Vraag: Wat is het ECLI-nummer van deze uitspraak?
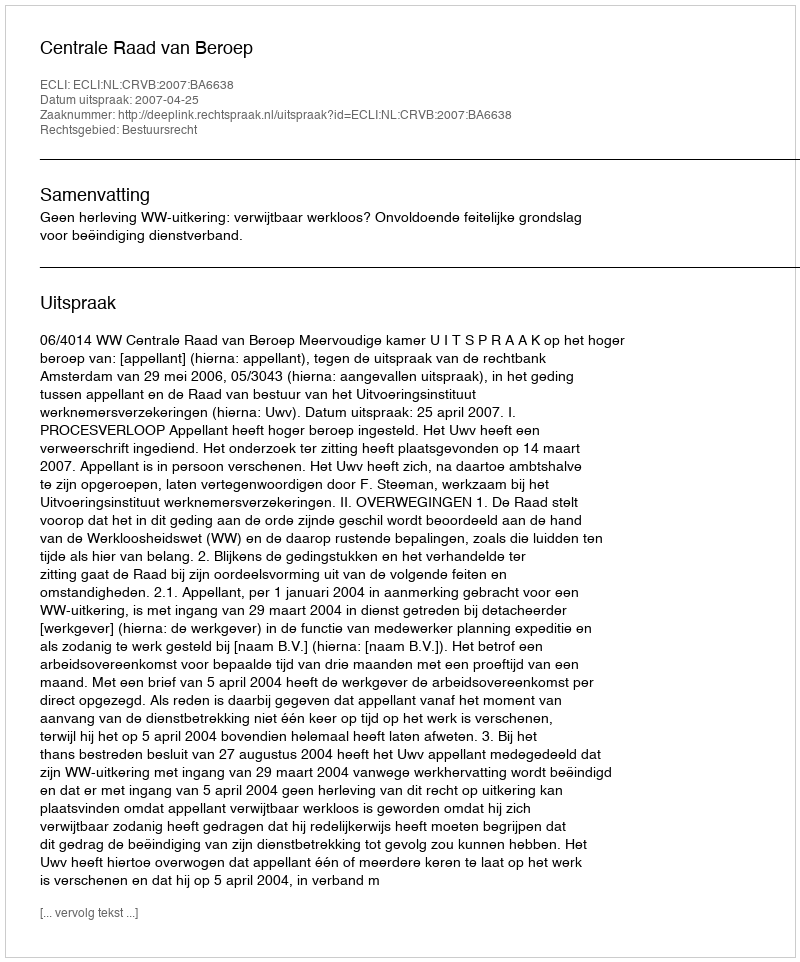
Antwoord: ECLI:NL:CRVB:2007:BA6638